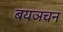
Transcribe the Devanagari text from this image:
बयञचन